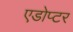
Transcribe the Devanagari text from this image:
एडोप्टर